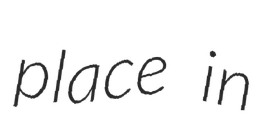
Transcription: place in